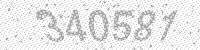
Solution: 340581